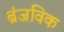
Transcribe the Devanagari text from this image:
ब्रंजविक